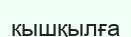
кышқылға